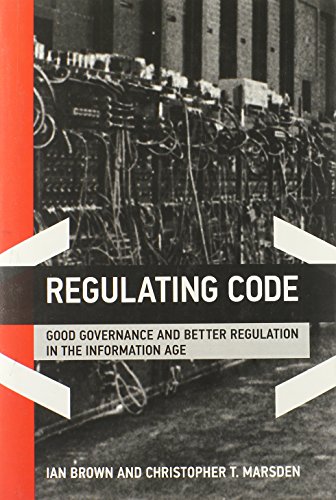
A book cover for Regulating Code: Good Governance and Better Regulation in the Information Age (Information Revolution and Global Politics); Ian Brown; Computers & Technology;